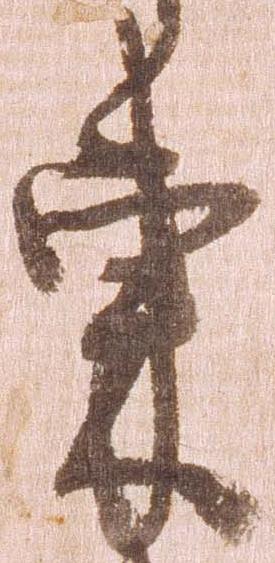
東